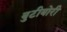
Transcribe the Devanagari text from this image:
बुटीबोरी